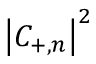
\left| C _ { + , n } \right| ^ { 2 }